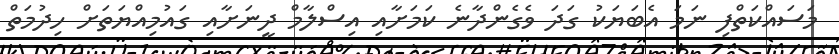
މަސައްކަތްފި ނަމަ އެބަޔަކު ގަދަ ވެގެންދާނެ ކަމަށާއި އިސްލާމް ދީނަށާއި ގައުމިއްޔަތަށް ހިދުމަތް